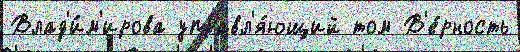
Влад'и́м'ирова управл'я́ющий том В'е́рность